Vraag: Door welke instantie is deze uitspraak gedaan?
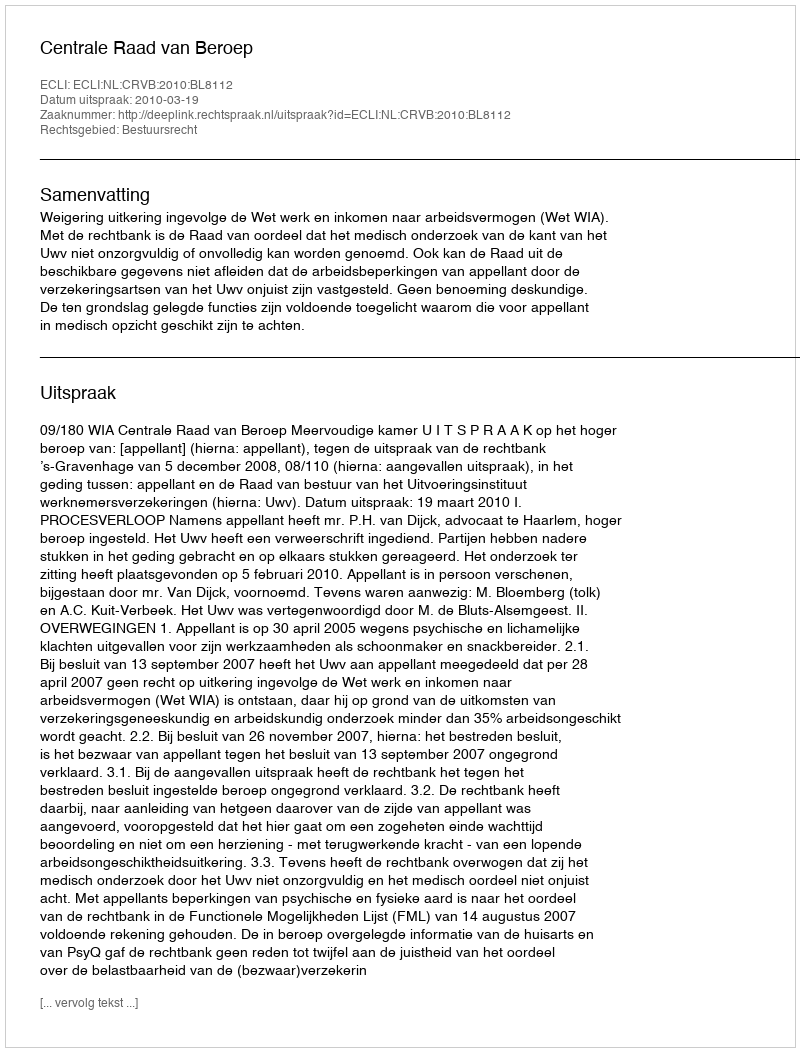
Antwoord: Centrale Raad van Beroep